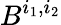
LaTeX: B^{i_{1},i_{2}}